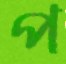
প